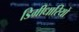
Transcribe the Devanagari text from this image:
डिग्रीधारियों